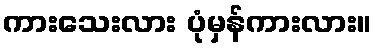
ကားသေးလား ပုံမှန်ကားလား။